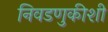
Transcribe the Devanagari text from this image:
निवडणुकीशी